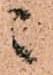
ニ